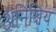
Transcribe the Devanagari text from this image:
अनिश्चिय